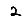
Digit: 2